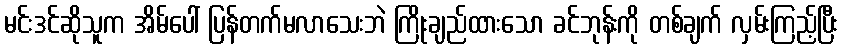
မင်းဒင်ဆိုသူက အိမ်ပေါ် ပြန်တက်မလာသေးဘဲ ကြိုးချည်ထားသော ခင်ဘုန်းကို တစ်ချက် လှမ်းကြည့်ပြီး